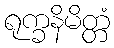
ရုက္ခနိမိတ္တံ